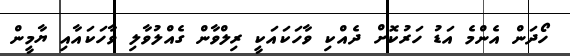
ހޯދަން އެންމެ އަޑު ހަރުކޮށް ދެއްކި ވާހަކައަކީ ރިލްވާން ގެއްލުވާލި ވާހަކައާއި ޔާމީން